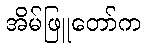
အိမ်ဖြူတော်က